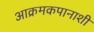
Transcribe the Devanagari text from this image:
आक्रमकपानाशी